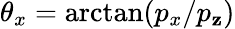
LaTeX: \theta_{x}=\arctan(p_{x}/p_{\mathbf{z}})